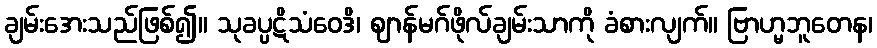
ချမ်းအေးသည်ဖြစ်၍။ သုခပ္ပဋိသံဝေဒိ၊ ဈာန်မဂ်ဖိုလ်ချမ်းသာကို ခံစားလျက်။ ဗြာဟ္မဘူတေန၊